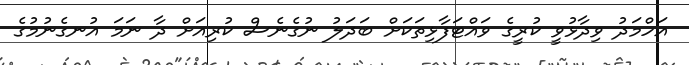
އަހްމަދު ވިދާޅުވީ ކުރީގެ ވައްޓަފާޅިތަކަށް ބަދަލު ނުގެނެސް ކުރިއަށް ދާ ނަމަ އުނގެނުމުގެ